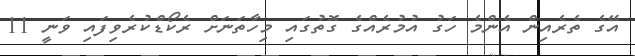
އޭގެ ތެރެއިން އެންމެ ހަގު އުމުރެެއްގެ ގޮތުގައި މިހާތަނަށް ރެކޯޑްކުރެވިފައި ވަނީ 11